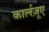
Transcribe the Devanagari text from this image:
कार्लज़ूए